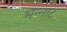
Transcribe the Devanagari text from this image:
भन्‍नाट